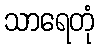
သာရေတုံ